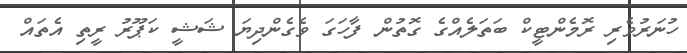
ހުނަރުވެރި ރޮމެންޓީކް ބަތަލެއްގެ ގޮތުން ފާހަގަ ވެގެންދިޔަ ޝަޝީ ކަޕޫރު ރީތި އެތައް